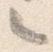
々